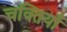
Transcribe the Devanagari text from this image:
चक्तियाँ